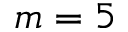
m = 5